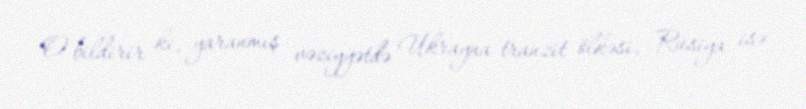
O bildirir ki, yaranmış vəziyyətdə Ukrayna tranzit ölkəsi, Rusiya isə